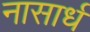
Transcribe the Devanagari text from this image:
नासार्ध